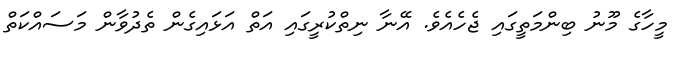
މީހާގެ މޫނު ބިންމަތީގައި ޖެހެއެވެ. އޭނާ ނިތްކުރީގައި އަތް އަޅައިގެން ތެދުވާން މަސައްކަތް